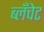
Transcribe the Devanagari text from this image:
ब्लॅंचेट